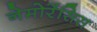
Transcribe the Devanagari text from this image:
नेमोरेंसिस